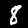
Label: 8